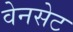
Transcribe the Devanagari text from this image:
वेनसेट